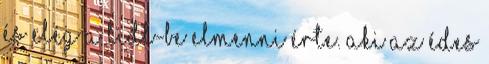
és elég a Lidl-be elmenni érte. Aki az édes